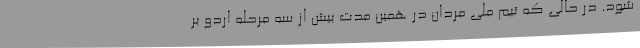
شود. در حالی که تیم ملی مردان در همین مدت بیش از سه مرحله اردو بر